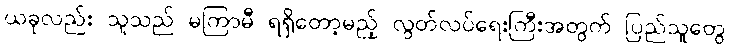
ယခုလည်း သူသည် မကြာမီ ရရှိတော့မည့် လွတ်လပ်ရေးကြီးအတွက် ပြည်သူတွေ